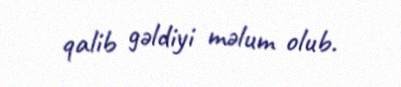
qalib gəldiyi məlum olub.